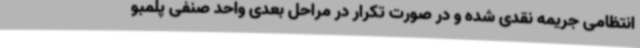
انتظامی جریمه نقدی شده و در صورت تکرار در مراحل بعدی واحد صنفی پلمبو